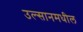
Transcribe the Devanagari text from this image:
उल्सानमधील